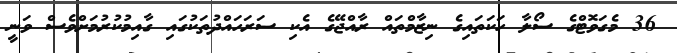
36 މެގަވޮޓްގެ ސޯލާ ހަކަތައިގެ ނިޒާމްތައް ރާއްޖޭގެ އެކި ސަރަހައްދުތަކުގައި ގާއިމުކުރުމަށްވެސް ވަނީ